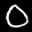
Label: 0